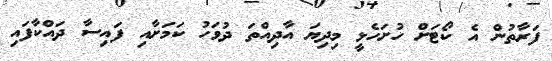
ފަރާތުން އެ ކޯޓަށް ހުށަހެޅީ މިދިޔަ އާދިއްތަ ދުވަހު ކަމަށާއި ފައިސާ ދައްކާފައި